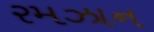
રમઝાન